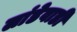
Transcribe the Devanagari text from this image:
लांडेवाडी